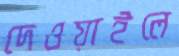
দেওয়াইলে